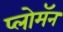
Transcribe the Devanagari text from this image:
प्लोमॅन